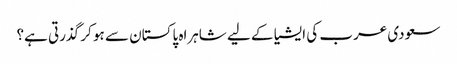
سعودی عرب کی ایشیا کے لیے شاہراہ پاکستان سے ہو کر گذرتی ہے؟